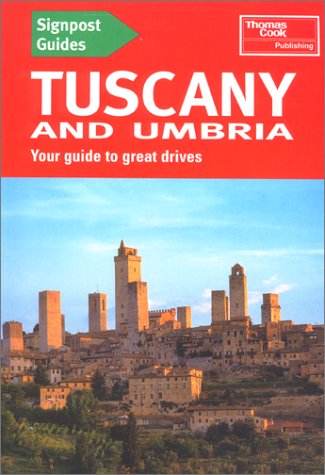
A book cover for Signpost Guide Tuscany and Umbria: Your Guide to Great Drives (Signpost Guides); Thomas Cook Publishing; Travel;